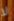
لا